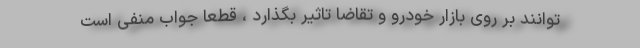
توانند بر روی بازار خودرو و تقاضا تاثیر بگذارد ، قطعا جواب منفی است